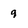
Character: 9